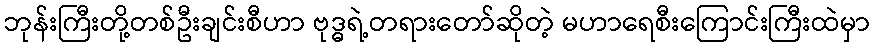
ဘုန်းကြီးတို့တစ်ဦးချင်းစီဟာ ဗုဒ္ဓရဲ့တရားတော်ဆိုတဲ့ မဟာရေစီးကြောင်းကြီးထဲမှာ